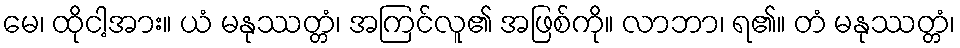
မေ၊ ထိုငါ့အား။ ယံ မနုဿတ္တံ၊ အကြင်လူ၏ အဖြစ်ကို။ လာဘာ၊ ရ၏။ တံ မနုဿတ္တံ၊